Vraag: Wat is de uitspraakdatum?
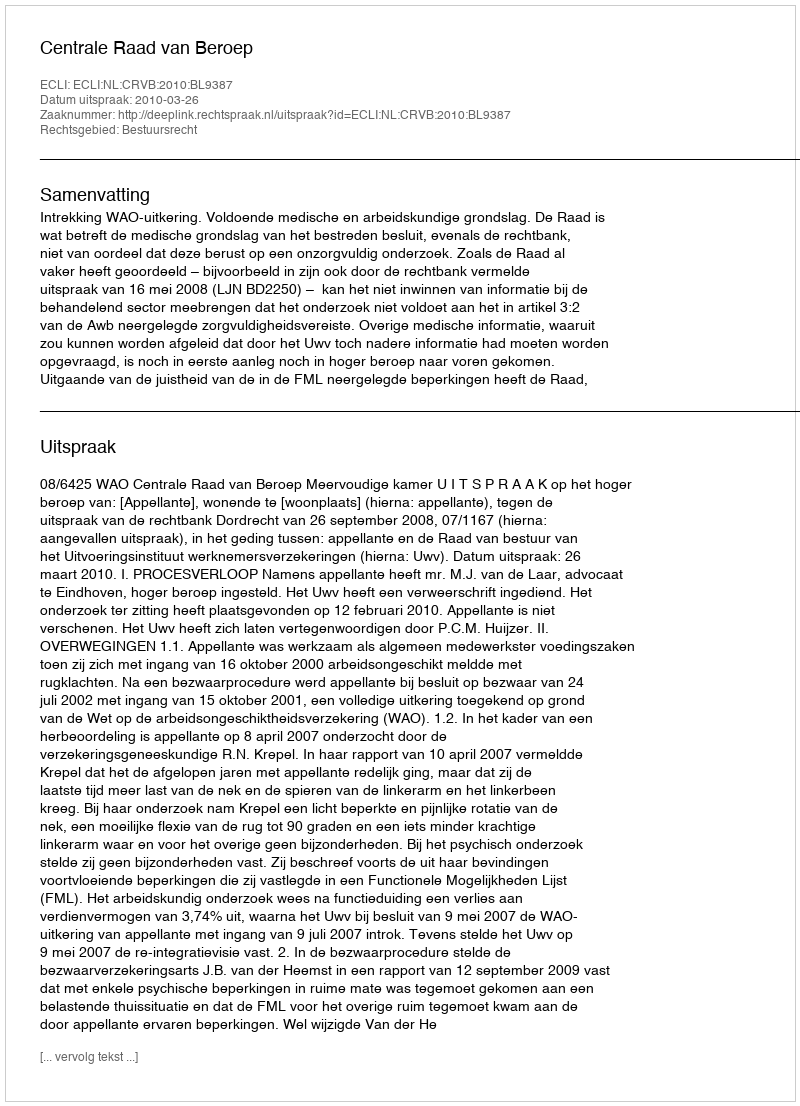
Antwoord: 2010-03-26